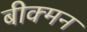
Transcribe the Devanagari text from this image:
बीक्मन